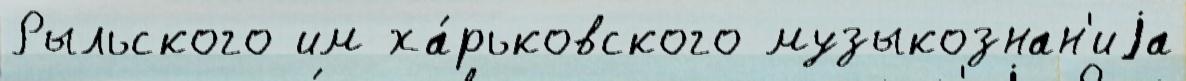
Рыльского им ха́рьковского музыкознан'иjа